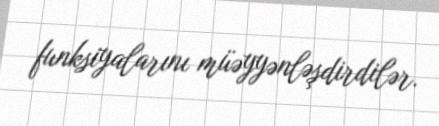
funksiyalarını müəyyənləşdirdilər.